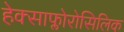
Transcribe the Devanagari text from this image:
हेक्साफ्लोरोसिलिक